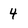
Character: 4